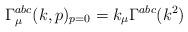
LaTeX: \begin{align*}\Gamma^{abc}_{\mu}(k,p)_{p=0}=k_{\mu} \Gamma^{abc}(k^2)\end{align*}